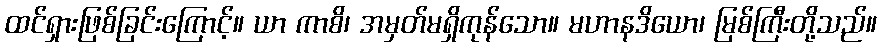
ထင်ရှားဖြစ်ခြင်းကြောင့်။ ယာ ကာစိ၊ အမှတ်မရှိကုန်သော။ မဟာနဒိယော၊ မြစ်ကြီးတို့သည်။